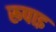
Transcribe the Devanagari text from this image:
रूपाइ